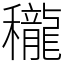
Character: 䆍